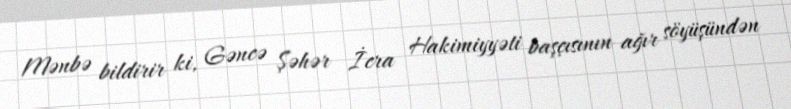
Mənbə bildirir ki, Gəncə Şəhər İcra Hakimiyyəti başçısının ağır söyüşündən